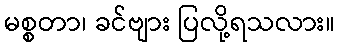
မစ္စတာ၊ ခင်ဗျား ပြလို့ရသလား။